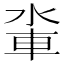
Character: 𨋉